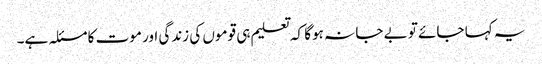
یہ کہا جائے تو بے جا نہ ہوگا کہ تعلیم ہی قوموں کی زندگی اور موت کا مسئلہ ہے۔